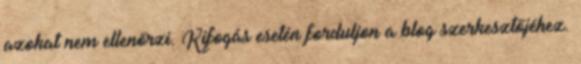
azokat nem ellenőrzi. Kifogás esetén forduljon a blog szerkesztőjéhez.